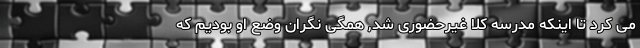
می کرد تا اینکه مدرسه کلا غیرحضوری شد, همگی نگران وضع او بودیم که